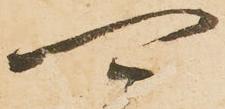
可